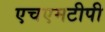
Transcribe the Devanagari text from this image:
एचएमटीपी